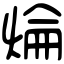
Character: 㷍